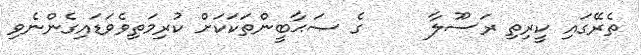
ތެރޭގައި ކީރިތި ރަސޫލާ     ގެ ޞަޙާބީންތަކަކަށް ކުރިމަތިވެވަޑައިގެންނެވި